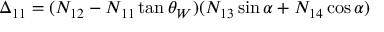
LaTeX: \Delta _ { 1 1 } = ( N _ { 1 2 } - N _ { 1 1 } \tan \theta _ { W } ) ( N _ { 1 3 } \sin \alpha + N _ { 1 4 } \cos \alpha )